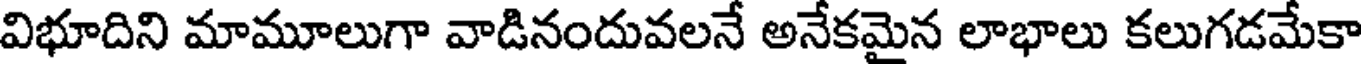
విభూదిని మామూలుగా వాడినందువలనే అనేకమైన లాభాలు కలుగడమేకా